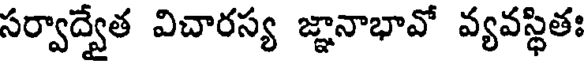
సర్వాద్వేత విచారస్య జ్ఞానాభావో వ్యవస్థితః